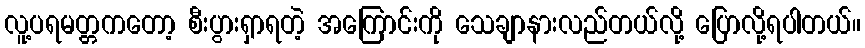
လူ့ပရမတ္တကတော့ စီးပွားရှာရတဲ့ အကြောင်းကို သေချာနားလည်တယ်လို့ ပြောလို့ရပါတယ်။